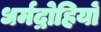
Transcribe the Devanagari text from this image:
धर्मद्रोहियों